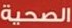
الصحية